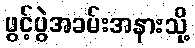
ဖွင့်ပွဲအခမ်းအနားသို့